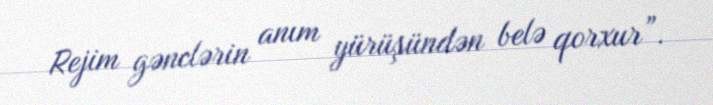
Rejim gənclərin anım yürüşündən belə qorxur”.